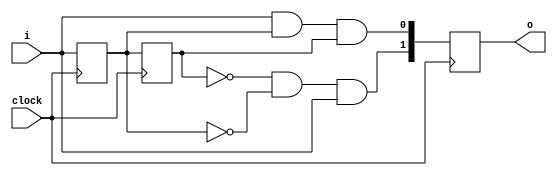
module MealyPattern(
	input        clock,
	input        i,
	output [1:0] o
);
/*	Version: 1.0.0	*/

    reg r1, r2;
	reg [1:0] p;

    initial
        begin
            r1 = 0;
            r2 = 0;
        end

    always @(posedge clock ) begin
        r2 <= r1;
        r1 <= i;

		// 111 
        p[0] =  (i & r1 & r2) ;
        
        // 001
        p[1] = (!r2 & !r1 & i);
  	end
    
	assign o = p;

endmodule

module MealyPatternTestbench();
	reg clock = 0;
	reg i = 0;
	wire [1:0] o;

    MealyPattern machine(.clock(clock), .i(i), .o(o));

	always 
        #1
		clock = !clock;

	initial
		
	/*----------------------------------------------------------*/
	/*						Instructions						*/
	/*__________________________________________________________*/
	/*	Uncomment only one of the statements 					*/
	/*	below, then execute:									*/
	/*	1) iverilog -o MealyPatternTestbench .\MealyMaschine.v	*/
	/*	2) vvp .\MealyPatternTestbench 							*/
	/*----------------------------------------------------------*/


	/*-----------------------*/
	/*	   Results (1.0.0)   */
	/*_______________________*/
	/* 001 				-> 1 */
	/* 111 				-> 1 */
	/* 01111 			-> 1 */
	/* 0001 			-> 1 */
	/* 011011 			-> 1 */
	/* 0111 			-> 1 */
	/* 0010 			-> 1 */
	/* 0011 			-> 1 */
	/* 1110 			-> 1 */
	/* 1101 			-> 1 */
	/* 001111 			-> 1 */
	/* 11100110010 		-> 1 */
	/* 110001100111 	-> 1 */
	/* 1110011001 		-> 1 */
	/* sanitizer		-> 1 */
	/*-----------------------*/


			// DEBUGGER
			/* 
			begin
				// input template
				// #2 
				// i = x;

			 	#2
				$display("start");
				#2 
				i = 0;
				#2 
				i = 0;
				#2 
				i = 1;

				#2
				// change input
				$display("DEBUGER: input: <%b> = [%b, %b]", 3'b110, o[0], o[1]);
				$finish; 
			end */

			// 001 		-> [0,1]
			/* 
			begin
				#2
				i = 0;
				#2
				i = 0;
				#2
				i =	1;

				#2
				if(o[0] == 0 & o[1] == 1) begin
					$display("001 -> success [%b, %b]", o[0], o[1]);
				end	else begin
					$display("001 -> failure [%b, %b]", o[0], o[1]);
				end

				$finish;
			end */
			
			// 111 		-> [1,0]
			/* 	
			begin
				#2
				i = 1;
				#2
				i = 1;
				#2
				i = 1;

				#2
				if(o[0] == 1 & o[1] == 0) begin
					$display("111 -> success [%b, %b]", o[0], o[1]);
				end	else begin
					$display("111 -> failure [%b, %b]", o[0], o[1]);
				end

				$finish;
			end */
			
			// 01111	-> [1,0]
			/* 	
			begin
				#2
				i = 0;
				#2
				i = 1;
				#2
				i = 1;
				#2
				i = 1;
				#2
				i = 1;

				#2
				if(o[0] == 1 & o[1] == 0) begin
					$display("01111 -> success [%b, %b]", o[0], o[1]);
				end	else begin
					$display("01111 -> failure [%b, %b]", o[0], o[1]);
				end

				$finish;
			end */

			// 0001		-> [0,1]
			/* 	
			begin
				#2
				i = 0;
				#2
				i = 0;
				#2
				i = 0;
				#2
				i = 0;
				#2
				i = 1;

				#2
				if(o[0] == 0 & o[1] == 1) begin
					$display("0001 -> success [%b, %b]", o[0], o[1]);
				end	else begin
					$display("0001 -> failure [%b, %b]", o[0], o[1]);
				end

				$finish;
			end */

			// 011011	-> [0,0]
				/* 
			begin
				#2
				i = 0;
				#2
				i = 1;
				#2
				i = 1;
				#2
				i = 0;
				#2
				i = 1;
				#2
				i = 1;

				#2
				if(o[0] == 0 & o[1] == 0) begin
					$display("011011 -> success [%b, %b]", o[0], o[1]);
				end	else begin
					$display("011011 -> failure [%b, %b]", o[0], o[1]);
				end
			
				$finish;
			end */

			// 0111		-> [0,1]
				/* 
			begin
				#2
				i = 0;
				#2
				i = 1;
				#2
				i = 1;
				#2
				i = 1;

				#2
				if(o[0] == 1 & o[1] == 0) begin
					$display("0111 -> success [%b, %b]", o[0], o[1]);
				end	else begin
					$display("0111 -> failure [%b, %b]", o[0], o[1]);
				end

				$finish;
			end */

			// 0010		-> [0,0]				
			/* 
			begin
				#2
				i = 0;
				#2
				i = 0;
				#2
				i = 1;
				#2
				i = 0;

				#2
				if(o[0] == 0 & o[1] == 0) begin
					$display("0010 -> success [%b, %b]", o[0], o[1]);
				end	else begin
					$display("0010 -> failure [%b, %b]", o[0], o[1]);
				end

				$finish;
			end */

			// 0011		-> [0,0]
				/* 
			begin
				#2
				i = 0;
				#2
				i = 0;
				#2
				i = 1;
				#2
				i = 1;
	
				#2
				if(o[0] == 0 & o[1] == 0) begin
					$display("0011 -> success [%b, %b]", o[0], o[1]);
				end	else begin
					$display("0011 -> failure [%b, %b]", o[0], o[1]);
				end
				
				$finish;
			end */

			// 1110		-> [0,0]
				/* 
			begin
				#2
				i = 1;
				#2
				i = 1;
				#2
				i = 1;
				#2
				i = 0;
	
				#2
				if(o[0] == 0 & o[1] == 0) begin
					$display("1110 -> success [%b, %b]", o[0], o[1]);
				end	else begin
					$display("1110 -> failure [%b, %b]", o[0], o[1]);
				end
				
				$finish;
			end */

			// 1101		-> [0,0]
				/* 
			begin
				#2
				i = 1;
				#2
				i = 1;
				#2
				i = 0;
				#2
				i = 1;
	
				#2
				if(o[0] == 0 & o[1] == 0) begin
					$display("1101 -> success [%b, %b]", o[0], o[1]);
				end	else begin
					$display("1101 -> failure [%b, %b]", o[0], o[1]);
				end
				
				$finish;
			end */

			// 001111	-> [0,0]
			/* 	
			begin
				#2
				i = 0;
				#2
				i = 0;
				#2
				i = 1;
				#2
				i = 1;
				#2
				i = 1;
				#2
				i = 1;
				
				#2
				if(o[0] == 1 & o[1] == 0) begin
					$display("001111 -> success [%b, %b]", o[0], o[1]);
				end	else begin
					$display("001111 -> failure [%b, %b]", o[0], o[1]);
				end
				
				$finish;
			end */
			// 11100110010	-> [0,0]
			/* begin
				#2
				i = 1;
				#2
				i = 1;
				#2
				i = 1;
				#2
				i = 0;
				#2
				i = 0;
				#2
				i = 1;
				#2
				i = 1;
				#2
				i = 0;
				#2
				i = 0;
				#2
				i = 1;
				#2 
				i = 0;

				#2
				if(o[0] == 0 & o[1] == 0) begin
					$display("1110011001 -> success [%b, %b]", o[0], o[1]);
				end	else begin
					$display("1110011001 -> failure [%b, %b]", o[0], o[1]);
				end

				$finish;
			end	 */

			// 110001100111	-> [1,0]
			/* begin
				#2
				i = 1;
				#2
				i = 1;
				#2
				i = 0;
				#2
				i = 0;
				#2
				i = 0;
				#2
				i = 1;
				#2
				i = 1;
				#2
				i = 0;
				#2
				i = 0;
				#2
				i = 1;
				#2
				i = 1;
				#2
				i = 1;

				#2
				if(o[0] == 1 & o[1] == 0) begin
					$display("1110011001 -> success [%b, %b]", o[0], o[1]);
				end	else begin
					$display("1110011001 -> failure [%b, %b]", o[0], o[1]);
				end

				$finish;
			end	 */
			
	// given Benchmark 1110011001
		begin
			#2
			i = 1;
			#2
			i = 1;
			#2
			i = 1;
			#2
			i = 0;
			#2
			i = 0;
			#2
			i = 1;
			#2
			i = 1;
			#2
			i = 0;
			#2
			i = 0;
			#2
			i = 1;
			
			#2
			if(o[0] == 0 & o[1] == 1) begin
				$display("1110011001 -> success [%b, %b]", o[0], o[1]);
			end	else begin
				$display("1110011001 -> failure [%b, %b]", o[0], o[1]);
			end
			
			$finish;
		end

            
        


endmodule